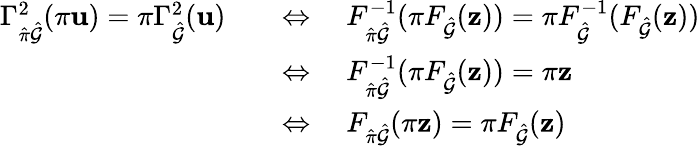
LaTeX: \begin{array}{rl}{\Gamma_{\hat{\pi}\hat{\mathcal{G}}}^{2}(\pi\mathbf{u})=\pi\Gamma_{\hat{\mathcal{G}}}^{2}(\mathbf{u})}&{\quad\Leftrightarrow\quad F_{\hat{\pi}\hat{\mathcal{G}}}^{-1}(\pi F_{\hat{\mathcal{G}}}(\mathbf{z}))=\pi F_{\hat{\mathcal{G}}}^{-1}(F_{\hat{\mathcal{G}}}(\mathbf{z}))}\\ &{\quad\Leftrightarrow\quad F_{\hat{\pi}\hat{\mathcal{G}}}^{-1}(\pi F_{\hat{\mathcal{G}}}(\mathbf{z}))=\pi\mathbf{z}}\\ &{\quad\Leftrightarrow\quad F_{\hat{\pi}\hat{\mathcal{G}}}(\pi\mathbf{z})=\pi F_{\hat{\mathcal{G}}}(\mathbf{z})}\end{array}